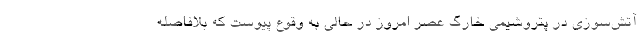
آتش‌سوزی در پتروشیمی خارگ عصر امروز در حالی به وقوع پیوست که بلافاصله